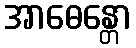
အာဓေန္တော